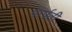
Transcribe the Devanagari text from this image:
पार्पती